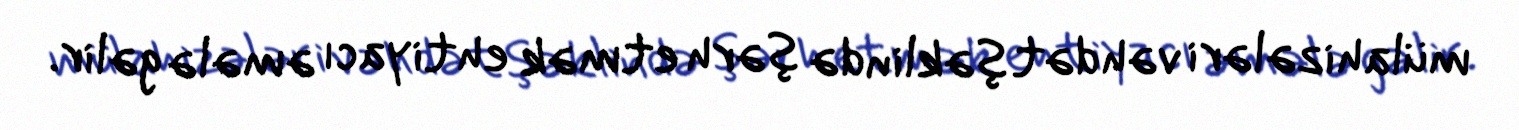
mülahizələri vəhdət şəklində şərh etmək ehtiyacı əmələ gəlir.